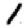
Digit: 1